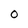
Character: O